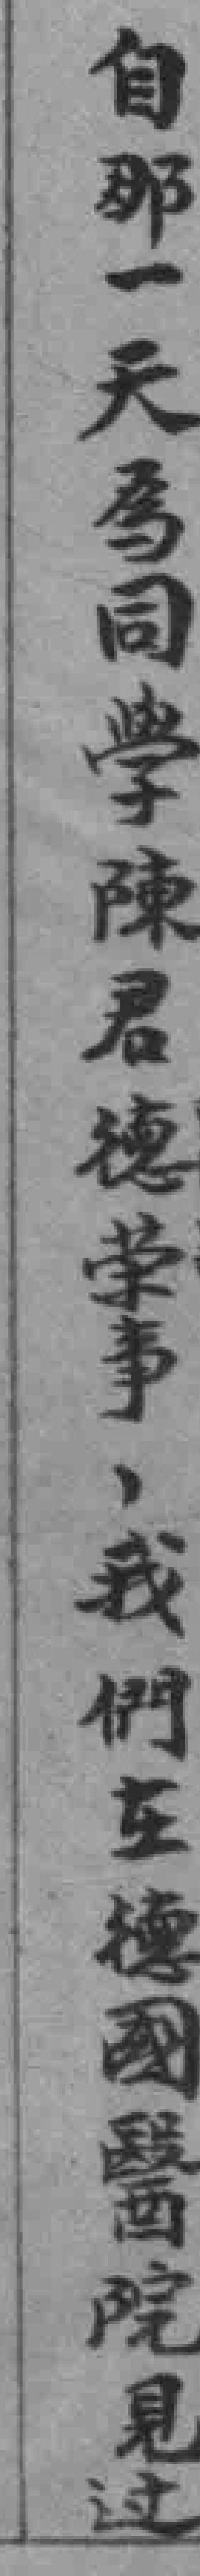
自那一天為同學陳君德荣事，我們在德國醫院見过